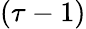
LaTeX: (\tau-1)